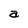
Character: a